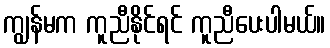
ကျွန်မက ကူညီနိုင်ရင် ကူညီပေးပါမယ်။